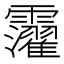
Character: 𩆸